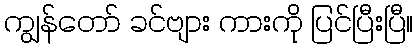
ကျွန်တော် ခင်ဗျား ကားကို ပြင်ပြီးပြီ။